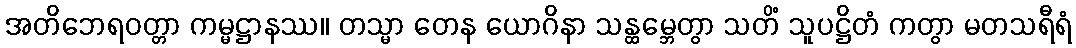
အတိဘေရဝတ္တာ ကမ္မဋ္ဌာနဿ။ တသ္မာ တေန ယောဂိနာ သန္ထမ္ဘေတွာ သတိံ သူပဋ္ဌိတံ ကတွာ မတသရီရံ